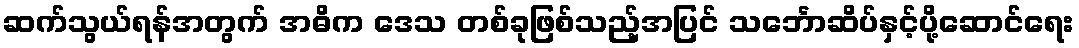
ဆက်သွယ်ရန်အတွက် အဓိက ဒေသ တစ်ခုဖြစ်သည့်အပြင် သင်္ဘောဆိပ်နှင့်ပို့ဆောင်ရေး